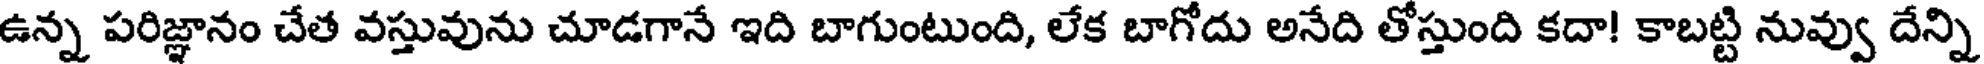
ఉన్న పరిజ్ఞానం చేత వస్తువును చూడగానే ఇది బాగుంటుంది, లేక బాగోదు అనేది తోస్తుంది కదా! కాబట్టి నువ్వు దేన్ని